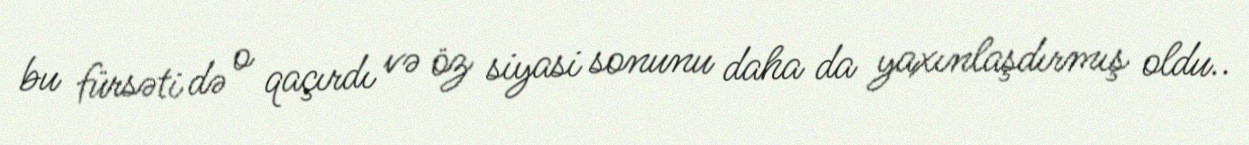
bu fürsəti də o qaçırdı və öz siyasi sonunu daha da yaxınlaşdırmış oldu..